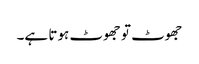
جھوٹ تو جھوٹ ہوتا ہے۔